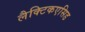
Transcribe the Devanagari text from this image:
लैक्टिकएसिड